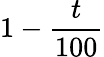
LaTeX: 1-\frac{t}{100}